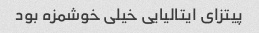
پیتزای ایتالیایی خیلی خوشمزه بود